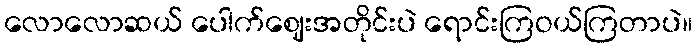
လောလောဆယ် ပေါက်ဈေးအတိုင်းပဲ ရောင်းကြဝယ်ကြတာပဲ။